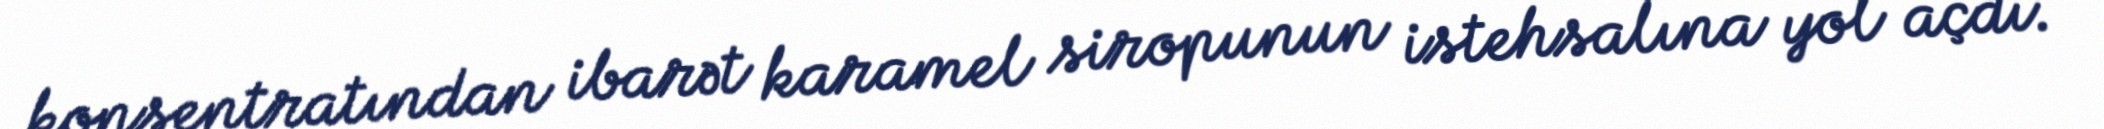
konsentratından ibarət karamel siropunun istehsalına yol açdı.